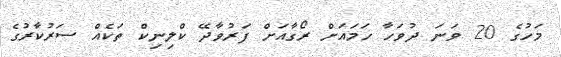
މަހުގެ 20 ވަނަ ދުވަހާ ހަމައަށް ރޯގާއަށް ފަރުވާދޭ ކްލިނިކް ތަކެއް ސަރުކާރުގެ